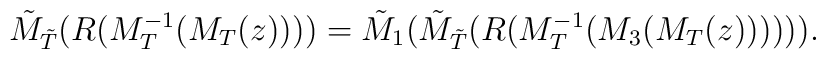
{\tilde M}_{{\tilde T}}(R(M^{-1}_T (M_T(z))))={\tilde M}_1({\tilde M}_{{\tilde T}}(R(M^{-1}_T(M_3(M_T(z)))))).